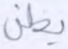
يظن